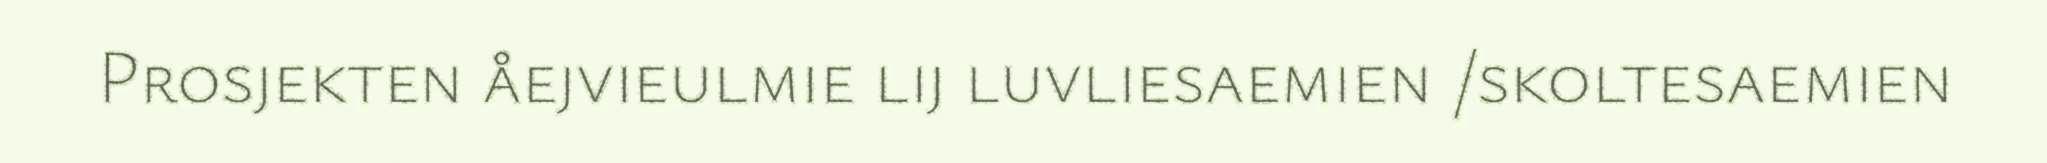
Prosjekten åejvieulmie lij luvliesaemien /skoltesaemien